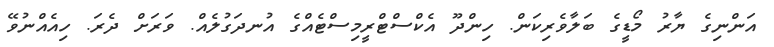
އަންނިގެ ޔާރު މޯޑީގެ ބަލާވެރިކަން. ހިންދޫ އެކްސްޓްރީމިސްޓެއްގެ އުނދަގުލެއް. ވަރަށް ދެރަ. ހިއެއްނުވޭ